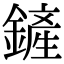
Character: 鏟